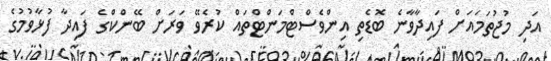
އަދި މުޖުތަމައަށް ފައިދާވާނެ ބޮޑެތި އިންވެސްޓްމަންޓްތައް ކުރެވޭ ވަރަށް ބޭންކްގެ ފައިދާ ފުޅާވުމުގެ